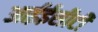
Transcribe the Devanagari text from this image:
आईईसीटी